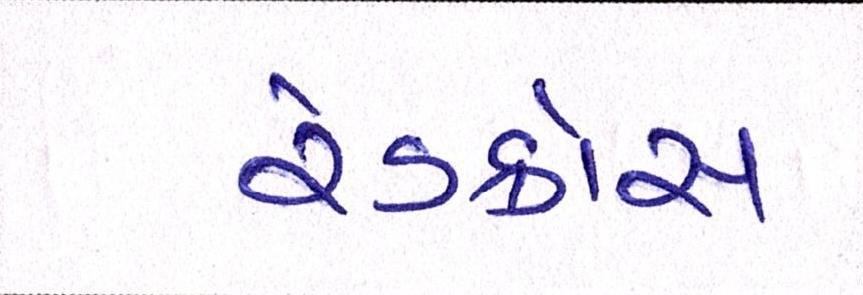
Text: રેડક્રોસ